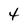
Character: 4